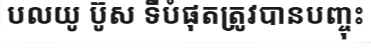
បលយូ ប៊ូស ទីបំផុតត្រូវបានបញ្ចុះ